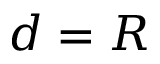
d = R